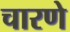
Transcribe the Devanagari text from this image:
चारणे